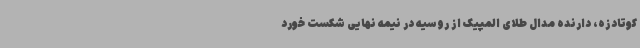
کوتادزه، دارنده مدال طلای المپیک از روسیه در نیمه نهایی شکست خورد